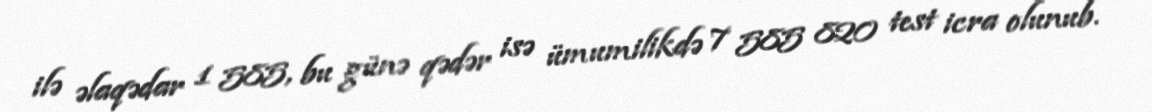
ilə əlaqədar 1 585, bu günə qədər isə ümumilikdə 7 585 820 test icra olunub.